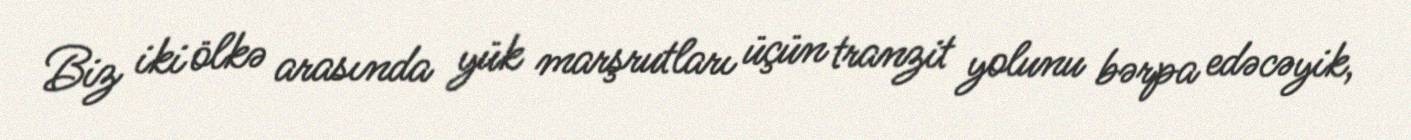
Biz iki ölkə arasında yük marşrutları üçün tranzit yolunu bərpa edəcəyik,